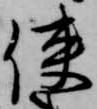
使